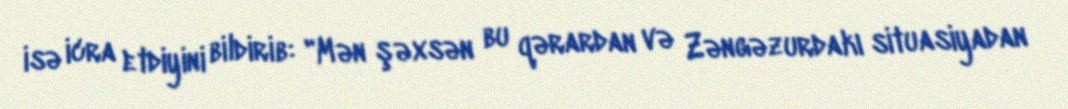
isə icra etdiyini bildirib: "Mən şəxsən bu qərardan və Zəngəzurdakı situasiyadan